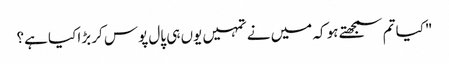
"کیا تم سمجھتے ہو کہ میں نے تمہیں یوں ہی پال پوس کر بڑا کیا ہے؟